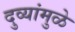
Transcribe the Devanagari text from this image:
दुव्यांमुळे